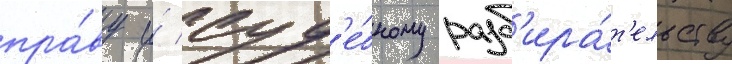
пра́ву и́ суд'е́бному разб'ира́т'ельству